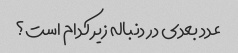
عدد بعدی در دنباله زیر کدام است؟